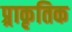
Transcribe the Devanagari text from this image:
प्र्राकृतिक